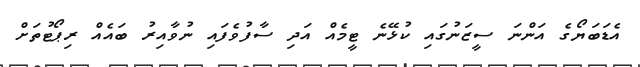
އެޑަބަޔޯގެ އަންނަ ސީޒަނުގައި ކުޅޭނެ ޓީމެއް އަދި ސާފުވެފައި ނުވާއިރު ބައެއް ރިޕޯޓުތަށް